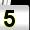
Digit: 5